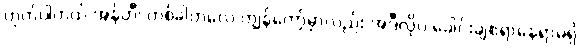
ဟုတ်ပါတယ် အန်တီ၊ တစ်ခါတလေ ကျွန်တော့်မှာလည်း အဲဒီလိုပဲ ခေါင်းချစရာနေရာမရှိ